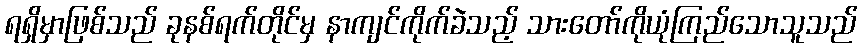
ရရှိမှာဖြစ်သည် ခုနစ်ရက်တိုင်မှ နာကျင်ကိုက်ခဲသည့် သားတော်ကိုယုံကြည်သောသူသည်